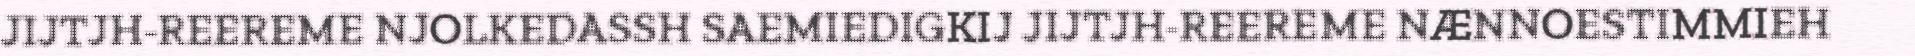
JIJTJH-REEREME NJOLKEDASSH SAEMIEDIGKIJ JIJTJH-REEREME NÆNNOESTIMMIEH